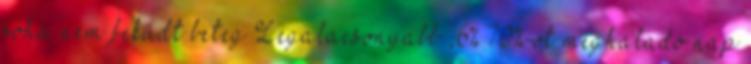
soha nem feküdt beteg Legalacsonyabb ,6% 70%-ot meghaladó nap